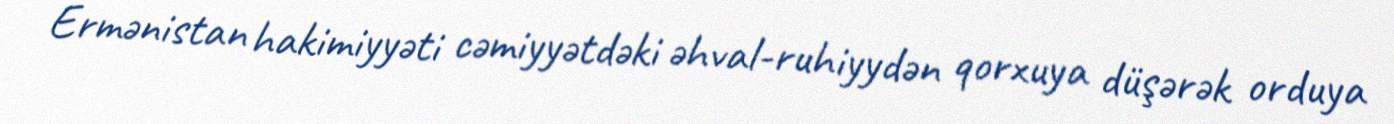
Ermənistan hakimiyyəti cəmiyyətdəki əhval-ruhiyydən qorxuya düşərək orduya